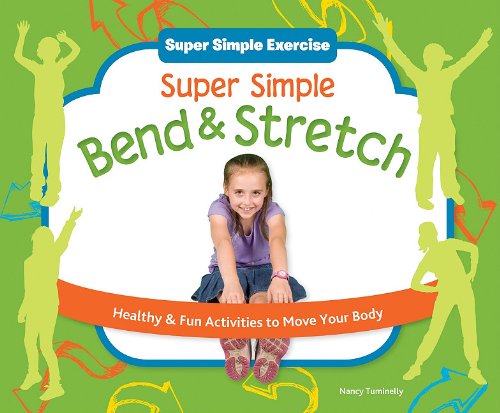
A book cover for Super Simple Bend & Stretch: Healthy & Fun Activities to Move Your Body (Super Simple Exercise); Nancy Tuminelly; Health, Fitness & Dieting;